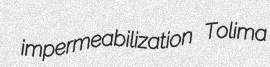
impermeabilization Tolima